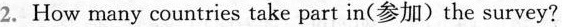
2. How many countries take part in(参加) the survey?